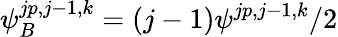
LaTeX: \psi_{B}^{jp,j-1,k}=(j-1)\psi^{jp,j-1,k}/2